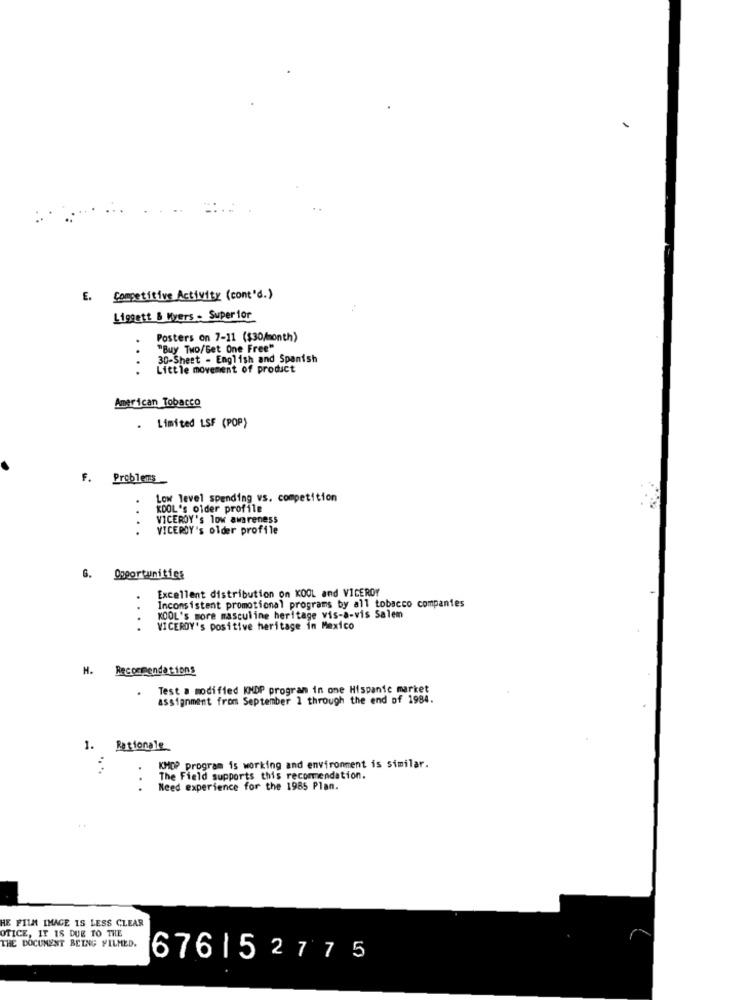
E. Competitive Activity (cont'd.)
Liggett & Kvers - Superior
Posters on 7-11 ($30/month)
"Buy Two/Get One Free"
30-Sheet - English and Spanish
Little movement of product
American Tobacco
.
Limited LSF (POP)
F. Problems
Low level spending vs. competition
KDOL's oider profile
VICEROY's low awareness
....
VICEROY's older profile
6.
Opportunities
Excellent distribution on KOOL and VICEROY
Inconsistent promotional programs by all tobacco companies
...
KOOL's more masculine heritage vis-a-vis Salem
VICERDY's positive heritage in Mexico
H. Recommendations
.
Test a modified KNDP program in one Hispanic market
assignment from September 1 through the end of 1984.
1. Rationale
.. ..
KMDP program is working and environment is similar.
..
The Field supports this recommendation.
Need experience for the 1985 Plan.
HE FILM IMAGE IS LESS CLEAR
OTICE, IT IS DUE TO THE
THE DOCUMENT BEING FILMED.
676152775